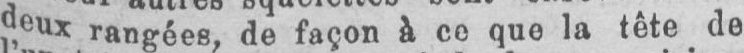
deux rangées, de façon à ce que la tête de